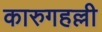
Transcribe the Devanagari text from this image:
कारुगहल्ली